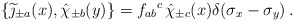
\begin{align*}\{\widetilde\jmath_{\pm a}(x),\hat\chi_{\pm b}(y)\} = {f_{ab}}^c\,\hat\chi_{\pm c}(x)\delta(\sigma_x-\sigma_y)\, .\end{align*}